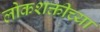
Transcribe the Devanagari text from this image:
लोकशक्तीच्या